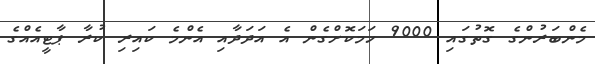
މެންބަރުންގެ ގޮތުގައި 9000 ހަމަކޮށްގެން އެ އަދަދާއި އެންމެ ކައިރި ކުރާ ޕާޓީއެއްގެ